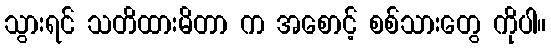
သွားရင် သတိထားမိတာ က အစောင့် စစ်သားတွေ ကိုပါ။